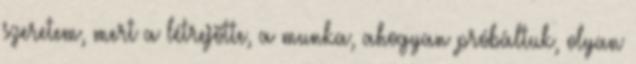
szeretem, mert a létrejötte, a munka, ahogyan próbáltuk, olyan